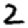
Digit: 2